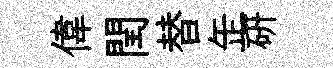
偉閏替𦈢硏